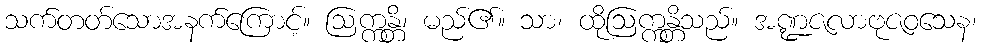
သက်တတ်သောအနက်ကြောင့်။ ဩက္ကန္တိ၊ မည်၏။ သာ၊ ထိုဩက္ကန္တိသည်။ အဏ္ဍဇလာဗုဇဝသေန၊